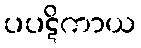
ပပဋိကာယ